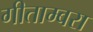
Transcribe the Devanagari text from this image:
गीताम्बरा